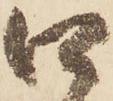
口